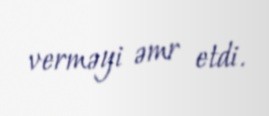
verməyi əmr etdi.